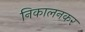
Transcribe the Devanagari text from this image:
निकालनकर